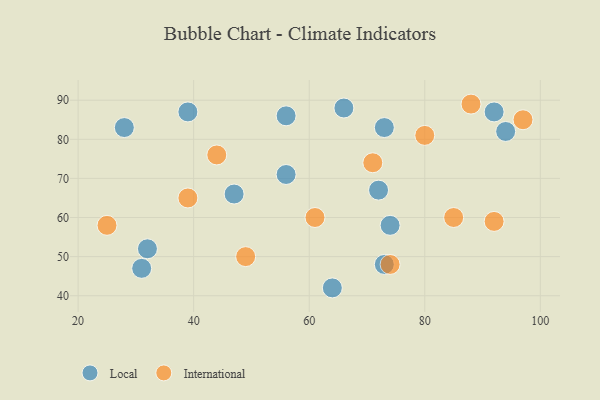
{"axis": {"x": "GDP", "y": "Life Expectancy"}, "legend": ["International", "Local"], "data": [{"x": "31", "y": 47, "type": "Local"}, {"x": "74", "y": 58, "type": "Local"}, {"x": "66", "y": 88, "type": "Local"}, {"x": "56", "y": 86, "type": "Local"}, {"x": "64", "y": 42, "type": "Local"}, {"x": "39", "y": 87, "type": "Local"}, {"x": "92", "y": 87, "type": "Local"}, {"x": "73", "y": 83, "type": "Local"}, {"x": "32", "y": 52, "type": "Local"}, {"x": "56", "y": 71, "type": "Local"}, {"x": "47", "y": 66, "type": "Local"}, {"x": "28", "y": 83, "type": "Local"}, {"x": "73", "y": 48, "type": "Local"}, {"x": "94", "y": 82, "type": "Local"}, {"x": "72", "y": 67, "type": "Local"}, {"x": "97", "y": 85, "type": "International"}, {"x": "92", "y": 59, "type": "International"}, {"x": "71", "y": 74, "type": "International"}, {"x": "74", "y": 48, "type": "International"}, {"x": "88", "y": 89, "type": "International"}, {"x": "49", "y": 50, "type": "International"}, {"x": "25", "y": 58, "type": "International"}, {"x": "85", "y": 60, "type": "International"}, {"x": "44", "y": 76, "type": "International"}, {"x": "61", "y": 60, "type": "International"}, {"x": "80", "y": 81, "type": "International"}, {"x": "39", "y": 65, "type": "International"}]}